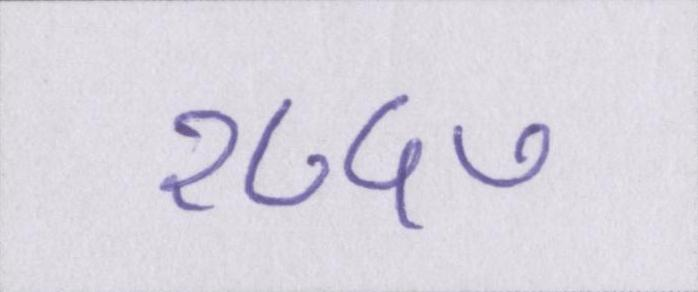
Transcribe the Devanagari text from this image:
१८५७